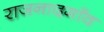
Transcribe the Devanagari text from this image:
राजनादगाँव